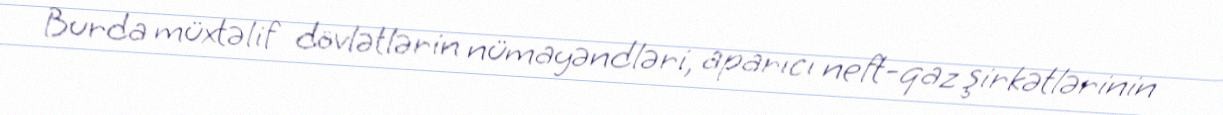
Burda müxtəlif dövlətlərin nümayəndləri, aparıcı neft-qaz şirkətlərinin